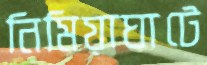
নিমিয়াঘাটে